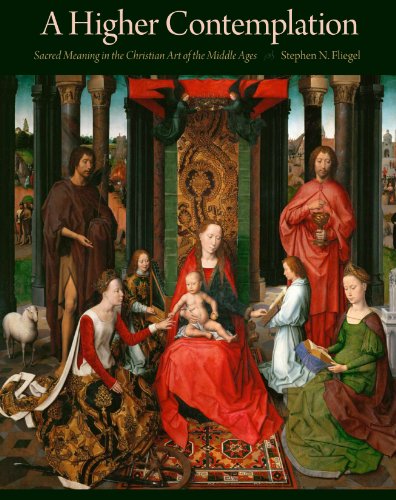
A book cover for A Higher Contemplation: Sacred Meaning in the Christian Art of the Middle Ages (Sacred Landmarks); Arts & Photography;